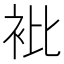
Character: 𧘱